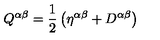
Q ^ { \alpha \beta } = \frac { 1 } { 2 } \left( \eta ^ { \alpha \beta } + D ^ { \alpha \beta } \right)